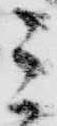
ミ